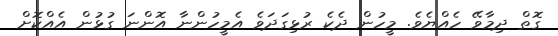
ގޮތް ދިމާވޭ ހެއްޔެވެ. މީހުން ދެކެ ރުޅިގަދަވެ އެމީހުންނާ އޮންނަ ގުޅުން އެއްކޮށް